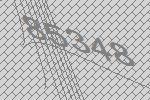
85348